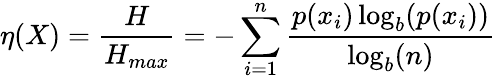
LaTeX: \eta(X)={\frac{H}{H_{max}}}=-\sum_{i=1}^{n}{\frac{p(x_{i})\log_{b}(p(x_{i}))}{\log_{b}(n)}}